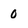
Character: o